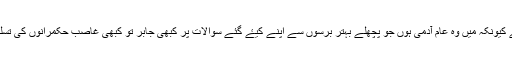
مگر مجھے یہاں کسی سوال کا جواب نہیں چاہیے کیونکہ میں وہ عام آدمی ہوں جو پچھلے بہتر برسوں سے اپنے کیۓ گئے سوالات پر کبھی جابر تو کبھی غاصب حکمرانوں کی تسلیم اور انکے دکھاۓگۓ سبز باغوں کا شکار ہے۔